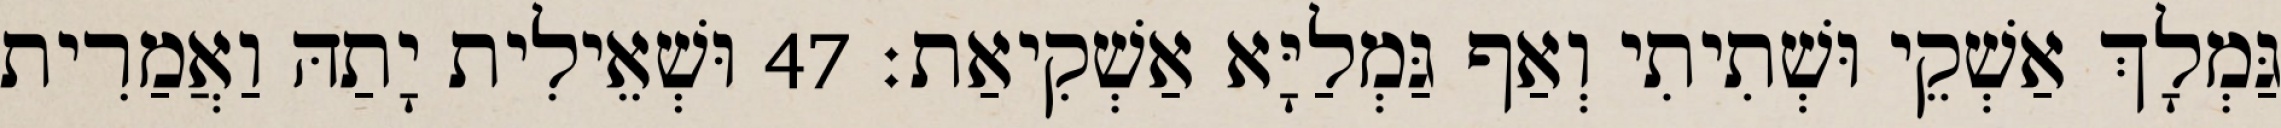
גַּמְלָךְ אַשְׁקֵי וּשְׁתִיתִי וְאַף גַּמְלַיָּא אַשְׁקִיאַת׃ 47 וּשְׁאֵילִית יָתַהּ וַאֲמַרִית